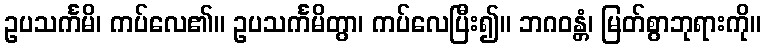
ဥပသင်္ကမိ၊ ကပ်လေ၏။ ဥပသင်္ကမိတွာ၊ ကပ်လေပြီး၍။ ဘဂဝန္တံ၊ မြတ်စွာဘုရားကို။